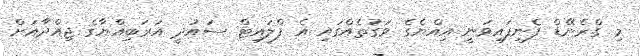
މި ގްރެނޭޑް ފެނިފައިވަނީ އިއްޔެގެ ވަގުތެއްގައި އެ ފްލައިޓް ސައުދީ އަރަބިއްޔާގެ ޖިއްދާއަށް